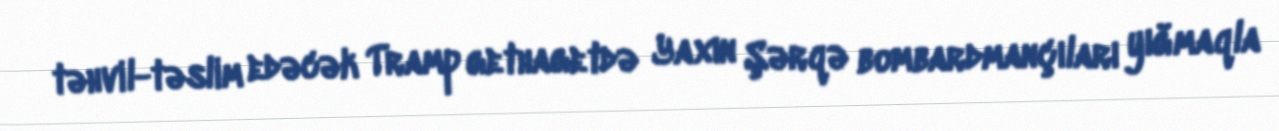
təhvil-təslim edəcək Tramp gethagetdə Yaxın Şərqə bombardmançıları yığmaqla